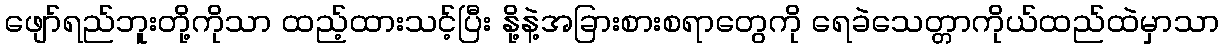
ဖျော်ရည်ဘူးတို့ကိုသာ ထည့်ထားသင့်ပြီး နို့နဲ့အခြားစားစရာတွေကို ရေခဲသေတ္တာကိုယ်ထည်ထဲမှာသာ